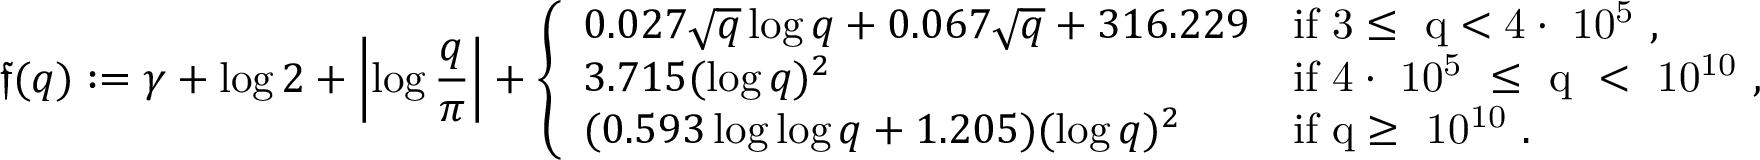
\mathfrak { f } ( q ) : = \gamma + \log { 2 } + \left| \log { \frac { q } { \pi } } \right| + \left\{ \begin{array} { l l } { 0 . 0 2 7 \sqrt { q } \log { q } + 0 . 0 6 7 \sqrt { q } + 3 1 6 . 2 2 9 } & { \mathrm { i f ~ 3 \leq ~ q < 4 \cdot ~ 1 0 ^ 5 ~ , } } \\ { 3 . 7 1 5 ( \log { q } ) ^ { 2 } } & { \mathrm { i f ~ 4 \cdot ~ 1 0 ^ 5 ~ \leq ~ q ~ < ~ 1 0 ^ { 1 0 } ~ , } } \\ { ( 0 . 5 9 3 \log \log q + 1 . 2 0 5 ) ( \log { q } ) ^ { 2 } } & { \mathrm { i f ~ q \geq ~ 1 0 ^ { 1 0 } ~ . } } \end{array} \right.